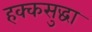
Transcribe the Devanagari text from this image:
हक्कसुद्धा